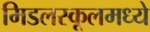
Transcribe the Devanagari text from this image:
मिडलस्कूलमध्ये